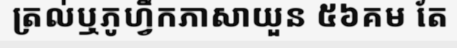
ត្រល់ឬភូហ្វឹកភាសាយួន ៥៦គម តែ